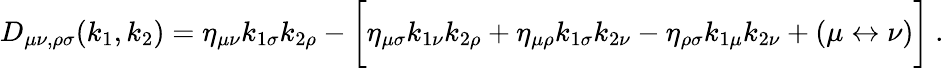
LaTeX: D_{\mu\nu,\rho\sigma}(k_{1},k_{2})=\eta_{\mu\nu}k_{1\sigma}k_{2\rho}-\biggl[\eta_{\mu\sigma}k_{1\nu}k_{2\rho}+\eta_{\mu\rho}k_{1\sigma}k_{2\nu}-\eta_{\rho\sigma}k_{1\mu}k_{2\nu}+(\mu\leftrightarrow\nu)\biggr]\ .